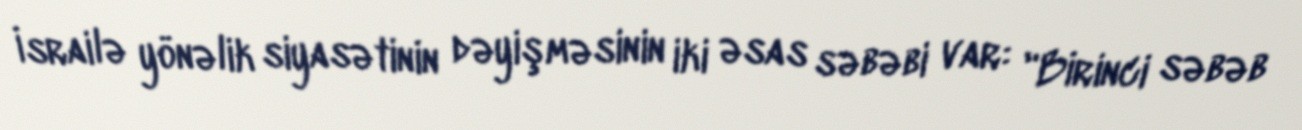
İsrailə yönəlik siyasətinin dəyişməsinin iki əsas səbəbi var: "Birinci səbəb